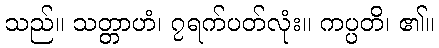
သည်။ သတ္တာဟံ၊ ၇ရက်ပတ်လုံး။ ကပ္ပတိ၊ ၏။